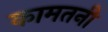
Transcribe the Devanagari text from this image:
कामतनी